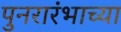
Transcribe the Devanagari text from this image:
पुनरारंभाच्या